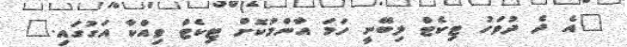
"އެ ދެ ދުވަހު ޓިކެޓް ލިބޭނީ ހަމަ އާންމުކޮށް ޓިކެޓް ވިއްކާ އަގުގައި."